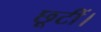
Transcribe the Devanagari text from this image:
छूटीं।